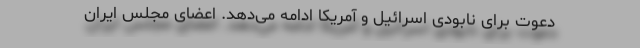
دعوت برای نابودی اسرائیل و آمریکا ادامه می‌دهد. اعضای مجلس ایران